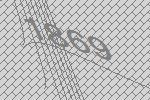
1869